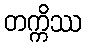
တက္ကိဿ